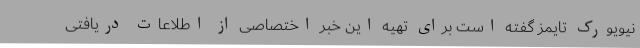
نیویورک تایمز گفته است برای تهیه این خبر اختصاصی از اطلاعات دریافتی